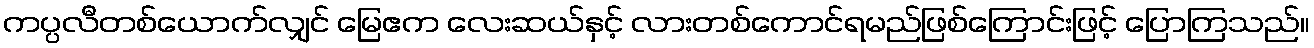
ကပ္ပလီတစ်ယောက်လျှင် မြေဧက လေးဆယ်နှင့် လားတစ်ကောင်ရမည်ဖြစ်ကြောင်းဖြင့် ပြောကြသည်။